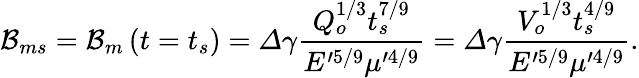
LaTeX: \mathcal{B}_{ms}=\mathcal{B}_{m}\left(t=t_{s}\right)=\varDelta\gamma\frac{Q_{o}^{1/3}t_{s}^{7/9}}{E^{\prime 5/9}\mu^{\prime 4/9}}=\varDelta\gamma\frac{V_{o}^{1/3}t_{s}^{4/9}}{E^{\prime 5/9}\mu^{\prime 4/9}}.